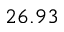
2 6 . 9 3